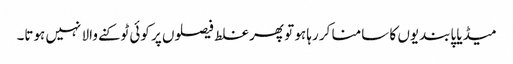
میڈیا پابندیوں کا سامنا کر رہا ہو تو پھر غلط فیصلوں پر کوئی ٹوکنے والا نہیں ہوتا۔